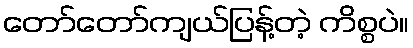
တော်တော်ကျယ်ပြန့်တဲ့ ကိစ္စပဲ။